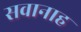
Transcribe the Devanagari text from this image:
सवानाह